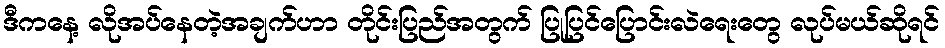
ဒီကနေ့ လိုအပ်နေတဲ့အချက်ဟာ တိုင်းပြည်အတွက် ပြုပြင်ပြောင်းလဲရေးတွေ လုပ်မယ်ဆိုရင်